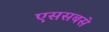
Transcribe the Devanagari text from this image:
एससबसे